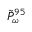
\tilde { P } _ { \omega } ^ { 9 5 }